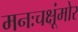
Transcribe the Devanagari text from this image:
मनःचक्षूंमोर